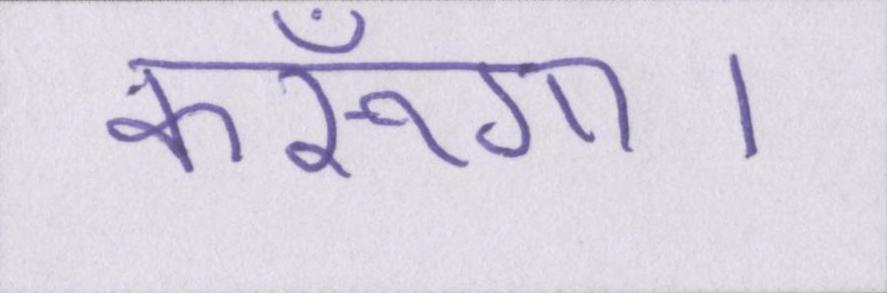
करूँगा।